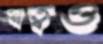
স্বত্বও